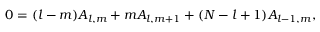
0 = ( l - m ) A _ { l , m } + m A _ { l , m + 1 } + ( N - l + 1 ) A _ { l - 1 , m } ,